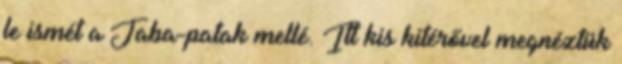
le ismét a Jaba-patak mellé. Itt kis kitérővel megnéztük